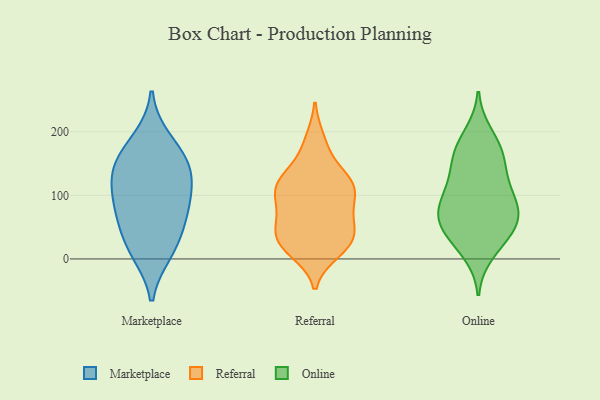
{"axis": {"x": "Satisfaction Score", "y": "Value"}, "legend": ["Marketplace", "Online", "Referral"], "data": [{"x": "", "y": 48, "type": "Marketplace"}, {"x": "", "y": 91, "type": "Marketplace"}, {"x": "", "y": 18, "type": "Marketplace"}, {"x": "", "y": 11, "type": "Marketplace"}, {"x": "", "y": 145, "type": "Marketplace"}, {"x": "", "y": 161, "type": "Marketplace"}, {"x": "", "y": 187, "type": "Marketplace"}, {"x": "", "y": 73, "type": "Marketplace"}, {"x": "", "y": 90, "type": "Marketplace"}, {"x": "", "y": 127, "type": "Marketplace"}, {"x": "", "y": 139, "type": "Marketplace"}, {"x": "", "y": 65, "type": "Referral"}, {"x": "", "y": 13, "type": "Referral"}, {"x": "", "y": 77, "type": "Referral"}, {"x": "", "y": 114, "type": "Referral"}, {"x": "", "y": 186, "type": "Referral"}, {"x": "", "y": 123, "type": "Referral"}, {"x": "", "y": 49, "type": "Referral"}, {"x": "", "y": 115, "type": "Referral"}, {"x": "", "y": 33, "type": "Referral"}, {"x": "", "y": 110, "type": "Referral"}, {"x": "", "y": 83, "type": "Referral"}, {"x": "", "y": 173, "type": "Referral"}, {"x": "", "y": 126, "type": "Referral"}, {"x": "", "y": 57, "type": "Referral"}, {"x": "", "y": 25, "type": "Referral"}, {"x": "", "y": 109, "type": "Referral"}, {"x": "", "y": 121, "type": "Referral"}, {"x": "", "y": 25, "type": "Referral"}, {"x": "", "y": 21, "type": "Referral"}, {"x": "", "y": 28, "type": "Referral"}, {"x": "", "y": 138, "type": "Online"}, {"x": "", "y": 76, "type": "Online"}, {"x": "", "y": 196, "type": "Online"}, {"x": "", "y": 93, "type": "Online"}, {"x": "", "y": 36, "type": "Online"}, {"x": "", "y": 174, "type": "Online"}, {"x": "", "y": 124, "type": "Online"}, {"x": "", "y": 64, "type": "Online"}, {"x": "", "y": 88, "type": "Online"}, {"x": "", "y": 165, "type": "Online"}, {"x": "", "y": 165, "type": "Online"}, {"x": "", "y": 70, "type": "Online"}, {"x": "", "y": 10, "type": "Online"}, {"x": "", "y": 60, "type": "Online"}, {"x": "", "y": 30, "type": "Online"}, {"x": "", "y": 51, "type": "Online"}, {"x": "", "y": 111, "type": "Online"}]}